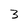
Character: 3